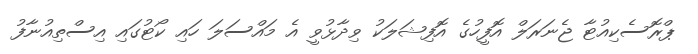
ޕްރޮސެކިއުޓާ ޖެނަރަލް އޮފީހުގެ އޮފިޝަލަކު ވިދާޅުވީ އެ މައްސަލަ ހައި ކޯޓުގައި އިސްތިއުނާފު